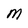
Character: M